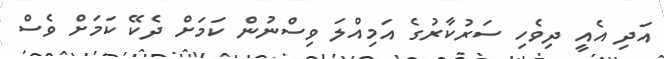
އަދި އެއީ ދިވެހި ސަރުކާރުގެ އަމިއްލަ ވިސްނުން ކަމަށް ދެކޭ ކަމަށް ވެސް